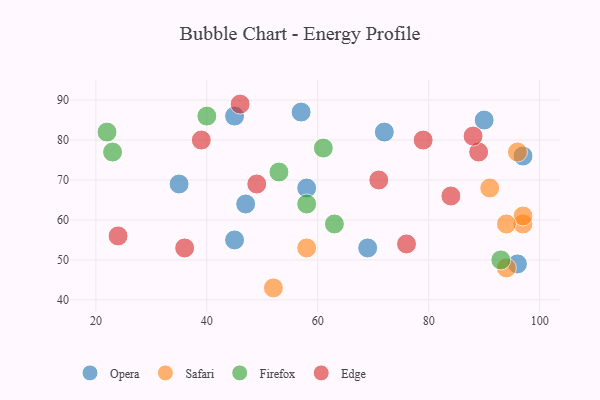
{"axis": {"x": "GDP", "y": "Life Expectancy"}, "legend": ["Edge", "Firefox", "Opera", "Safari"], "data": [{"x": "97", "y": 76, "type": "Opera"}, {"x": "72", "y": 82, "type": "Opera"}, {"x": "69", "y": 53, "type": "Opera"}, {"x": "96", "y": 49, "type": "Opera"}, {"x": "35", "y": 69, "type": "Opera"}, {"x": "47", "y": 64, "type": "Opera"}, {"x": "45", "y": 55, "type": "Opera"}, {"x": "45", "y": 86, "type": "Opera"}, {"x": "90", "y": 85, "type": "Opera"}, {"x": "57", "y": 87, "type": "Opera"}, {"x": "58", "y": 68, "type": "Opera"}, {"x": "52", "y": 43, "type": "Safari"}, {"x": "97", "y": 59, "type": "Safari"}, {"x": "97", "y": 61, "type": "Safari"}, {"x": "94", "y": 48, "type": "Safari"}, {"x": "58", "y": 53, "type": "Safari"}, {"x": "96", "y": 77, "type": "Safari"}, {"x": "94", "y": 59, "type": "Safari"}, {"x": "91", "y": 68, "type": "Safari"}, {"x": "53", "y": 72, "type": "Firefox"}, {"x": "40", "y": 86, "type": "Firefox"}, {"x": "23", "y": 77, "type": "Firefox"}, {"x": "22", "y": 82, "type": "Firefox"}, {"x": "58", "y": 64, "type": "Firefox"}, {"x": "63", "y": 59, "type": "Firefox"}, {"x": "61", "y": 78, "type": "Firefox"}, {"x": "93", "y": 50, "type": "Firefox"}, {"x": "36", "y": 53, "type": "Edge"}, {"x": "89", "y": 77, "type": "Edge"}, {"x": "39", "y": 80, "type": "Edge"}, {"x": "84", "y": 66, "type": "Edge"}, {"x": "76", "y": 54, "type": "Edge"}, {"x": "79", "y": 80, "type": "Edge"}, {"x": "24", "y": 56, "type": "Edge"}, {"x": "49", "y": 69, "type": "Edge"}, {"x": "88", "y": 81, "type": "Edge"}, {"x": "71", "y": 70, "type": "Edge"}, {"x": "46", "y": 89, "type": "Edge"}]}